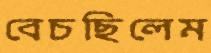
বেচছিলেম